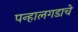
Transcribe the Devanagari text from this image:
पन्हालगडाचे